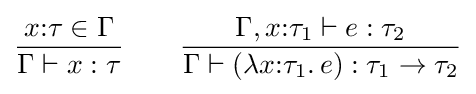
{\frac {x{:}\tau \in \Gamma }{\Gamma \vdash x:\tau }}\qquad {\frac {\Gamma ,x{:}\tau _{1}\vdash e:\tau _{2}}{\Gamma \vdash (\lambda x{:}\tau _{1}.\,e):\tau _{1}\rightarrow \tau _{2}}}